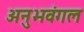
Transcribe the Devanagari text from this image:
अनुभवंगल